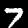
Digit: 7